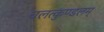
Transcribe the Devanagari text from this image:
चलत्कुण्डलम्